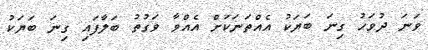
ވަނަ ދުވަހު ގިނަ ބަޔަކު އެއްތަނަކަށް އެއްވާ ވަގުތު ބަލާފައި ގިނަ ބަޔަކު